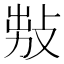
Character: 𢽅